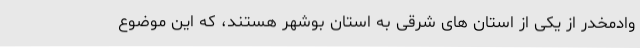
وادمخدر از یکی از استان های شرقی به استان بوشهر هستند، که این موضوع